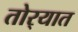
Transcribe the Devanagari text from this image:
तोर्‍यात